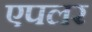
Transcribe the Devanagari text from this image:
एपलर